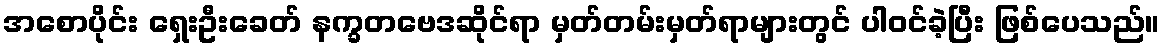
အစောပိုင်း ရှေးဦးခေတ် နက္ခတဗေဒဆိုင်ရာ မှတ်တမ်းမှတ်ရာများတွင် ပါဝင်ခဲ့ပြီး ဖြစ်ပေသည်။